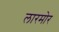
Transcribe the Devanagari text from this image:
लारमोर